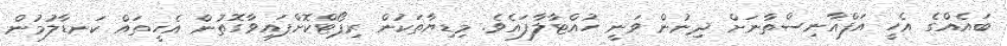
ބައެއްގެ އެހީ އަފްޣާނިސްތާނަށް ދިނުން ވަނީ ހުއްޓާލާފައެވެ. މިޑިޔާތަކުން ރިޕޯޓްކޮށްފައިވާގޮތުން އެހީތައް ކަނޑާލުމުން